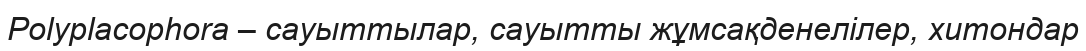
Polyplacophora – сауыттылар, сауытты жұмсақденелілер, хитондар